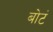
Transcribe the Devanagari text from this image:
बोटं